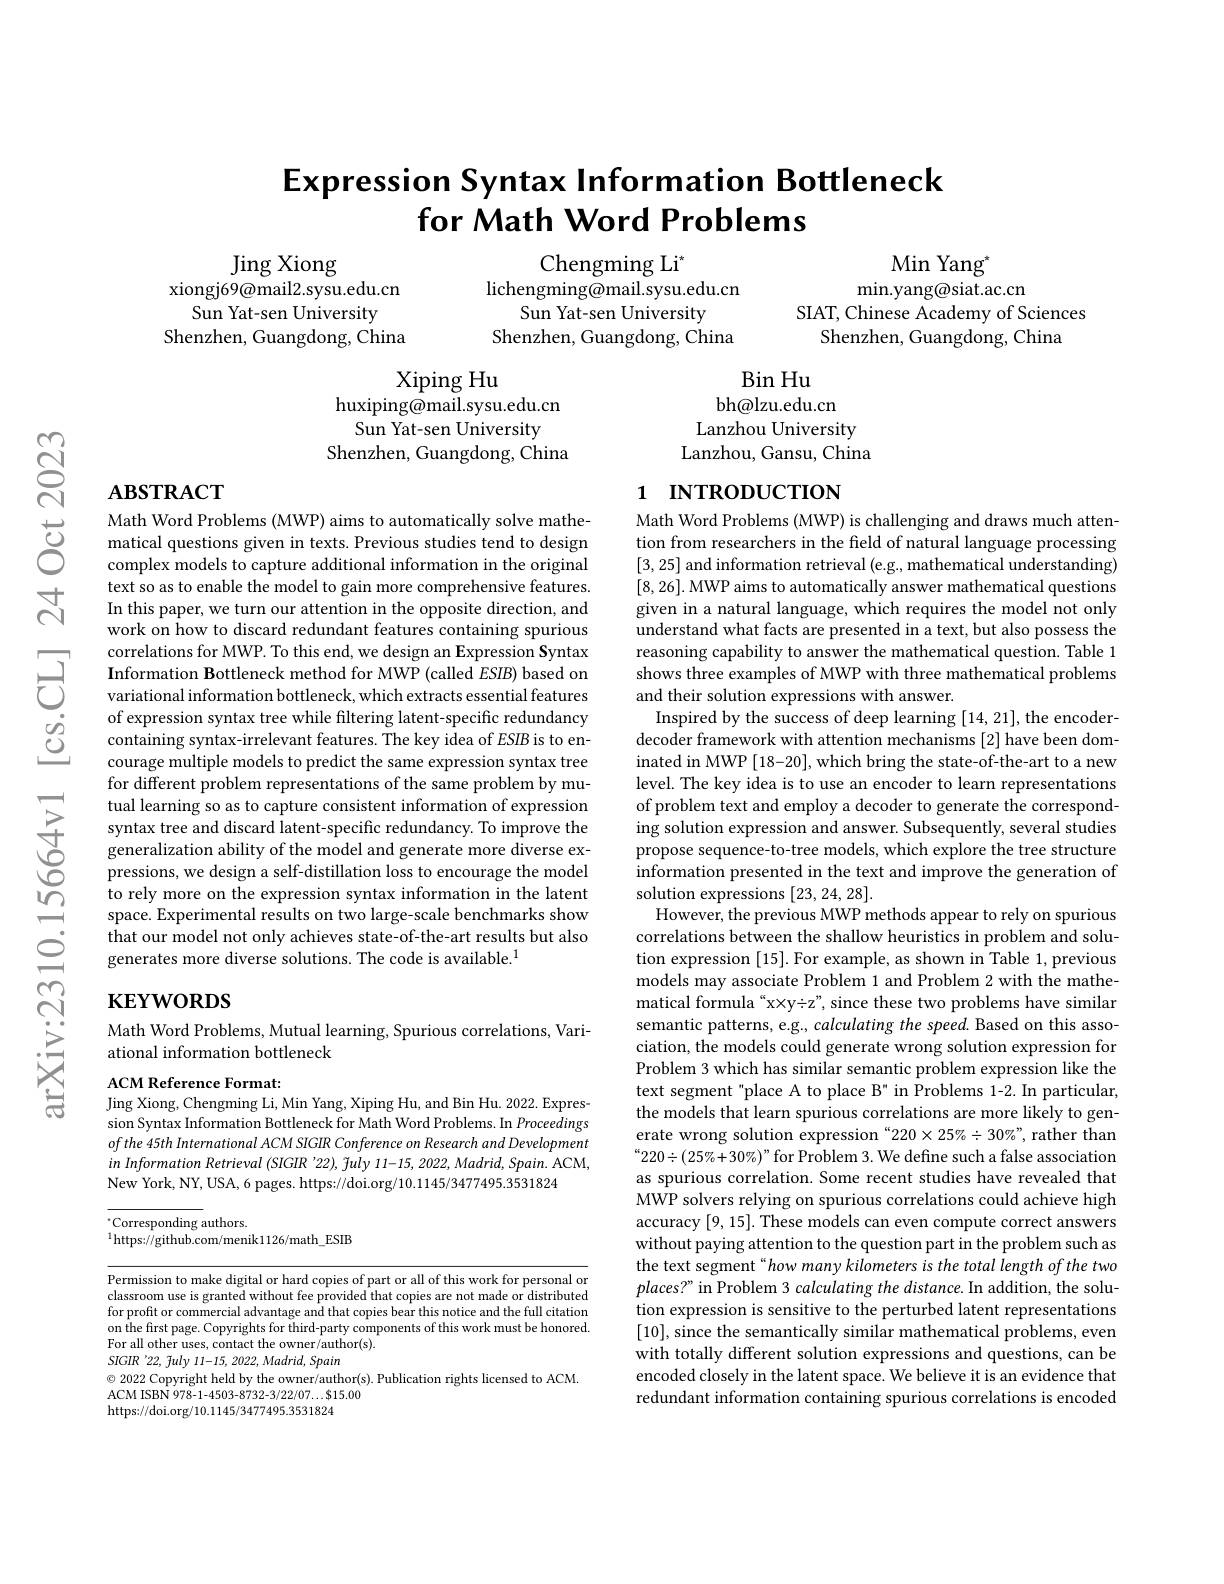
# Expression Syntax Information Bottleneck for Math Word Problems

Min Yan$g^*$

Chengming Li$^*$
lichengming@mail.sysu.edu.cn
Sun Yat-sen University
Shenzhen, Guangdong, China

$\operatorname{Jing}$Xiong
xiongj69@mail2.sysu.edu.cn
Sun Yat-sen University
Shenzhen, Guangdong, China

$\operatorname*{min.yang@siat.ac.cn}$
SIAT, Chinese Academy of Sciences
Shenzhen, Guangdong, China

Xiping Hu
$\bar{\text{huxiping@mail.sysu.edu.cn}}$
Sun Yat-sen University
Shenzhen, Guangdong, China

$\operatorname{Bin}$Hu
bh@lzu.edu.cn
Lanzhou University Lanzhou, Gansu, China

# $\mathbf{ABSTRACT}$

# 1 INTRODUCTION

Math Word Problems (MWP) aims to automatically solve mathematical questions given in texts. Previous studies tend to design complex models to capture additional information in the original text so as to enable the model to gain more comprehensive features. In this paper, we turn our attention in the opposite direction, and work on how to discard redundant features containing spurious correlations for MWP. To this end, we design an Expression Syntax
correlations for MWP. To this end, we design an Expression Syntax $\textbf{Information Bottleneck method for MWP ( called ESIB) based on}$ variational information bottleneck, which extracts essential features of expression syntax tree while filtering la
containing syntax-irrelevant features. The key idea of $ESIB$ is to encourage multiple models to predict the same expression syntax tree for different problem representations of the same problem by mutual learning so as to capture consistent information of expression syntax tree and discard latent-specific redundancy. To improve the generalization ability of the model and generate more diverse expressions, we design a self-distillation loss to encourage the model to rely more on the expression syntax information in the latent space. Experimental results on two large-scale benchmarks show that our model not only achieves state-of-the-art results but also generates more diverse solutions. The code is available.$^1$

Math Word Problems (MWP) is challenging and draws much attention from researchers in the field of natural language processing [3,25] and information retrieval (e.g., mathematical understanding) [8,26]. MWP aims to automatically answer mathematical questions given in a natural language, which requires the model not only understand what facts are presented in a text, but also possess the reasoning capability to answer the mathematical question. Table 1 shows three examples of MWP with three mathematical problems and their solution expressions with answer.
Inspired by the success of deep learning [14,21], the encoderdecoder framework with attention mechanisms [2] have been dominated in MWP [18-20], which bring the state-of-the-art to a new level. The key idea is to use an encoder to learn representations of problem text and employ a decoder to generate the corresponding solution expression and answer. Subsequently, several studies propose sequence-to-tree models, which explore the tree structure information presented in the text and improve the generation of solution expressions [23,24,28].
However, the previous MWP methods appear to rely on spurious correlations between the shallow heuristics in problem and solution expression [15]. For example, as shown in Table 1, previous models may associate Problem 1 and Problem 2 with the mathematical formula“x×y÷z”, since these two problems have similar semantic patterns, e.g., calculating the speed. Based on this association, the models could generate wrong solution expression for Problem 3 which has similar semantic problem expression like the text segment"place A to place B" in Problems 1-2. In particular, the models that learn spurious correlations are more likely to generate wrong solution expression“220×25%÷30%”, rather than $“220\div(25\%+30\%)”$for Problem 3. We define such a false association as spurious correlation. Some recent studies have revealed that MWP solvers relying on spurious correlations could achieve high accuracy [9,15]. These models can even compute correct answers without paying attention to the question part in the problem such as the text segment“how many kilometers is the total length of the two places?” in Problem 3 calculating the distance. In addition, the solution expression is sensitive to the perturbed latent representations [10], since the semantically similar mathematical problems, even with totally different solution expressions and questions, can be encoded closely in the latent space. We believe it is an evidence that redundant information containing spurious correlations is encoded

# $\mathbf{KEYWORDS}$

Math Word Problems, Mutual learning, Spurious correlations, Vari-
ational information bottleneck

ACM Reference Format:
Jing Xiong, Chengming Li, Min Yang, Xiping Hu, and Bin Hu. 2022. Expres-

sion Syntax Information Bottleneck for Math Word Problems. In Proceedings ofthe 45th International ACM SIGIR Conference on Research and Development inInformation Retrieval (SIGIR '22), fuly 11-15, 2022, Madrid, Spain. ACM, New York, NY, USA, 6 pages. https://doi.org/10.1145/3477495.3531824

$^{*}$Corresponding authors.
$^{1}$https://github.com/menik1126/math\_ESIB

Permission to make digital or hard copies of part or all of this work for personal or classroom use is granted without fee provided that copies are not made or distributed for profit or commercial advantage and that copies bear this notice and the full citation on the first page. Copyrights for third-party components of this work must be honored For all other uses, contact the owner/author(s).
SIGIR'22, fuly 11-15, 2022, Madrid, Spain
$\textcircled{\circ}$ 2022 Copyright held by the owner/author(s). Publication rights licensed to ACM.
ACM ISBN 978-1-4503-8732-3/22/07...$15.00
https://doi.org/10.1145/3477495.3531824